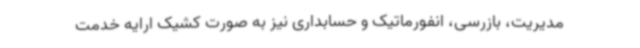
مدیریت، بازرسی، انفورماتیک و حسابداری نیز به صورت کشیک ارایه خدمت